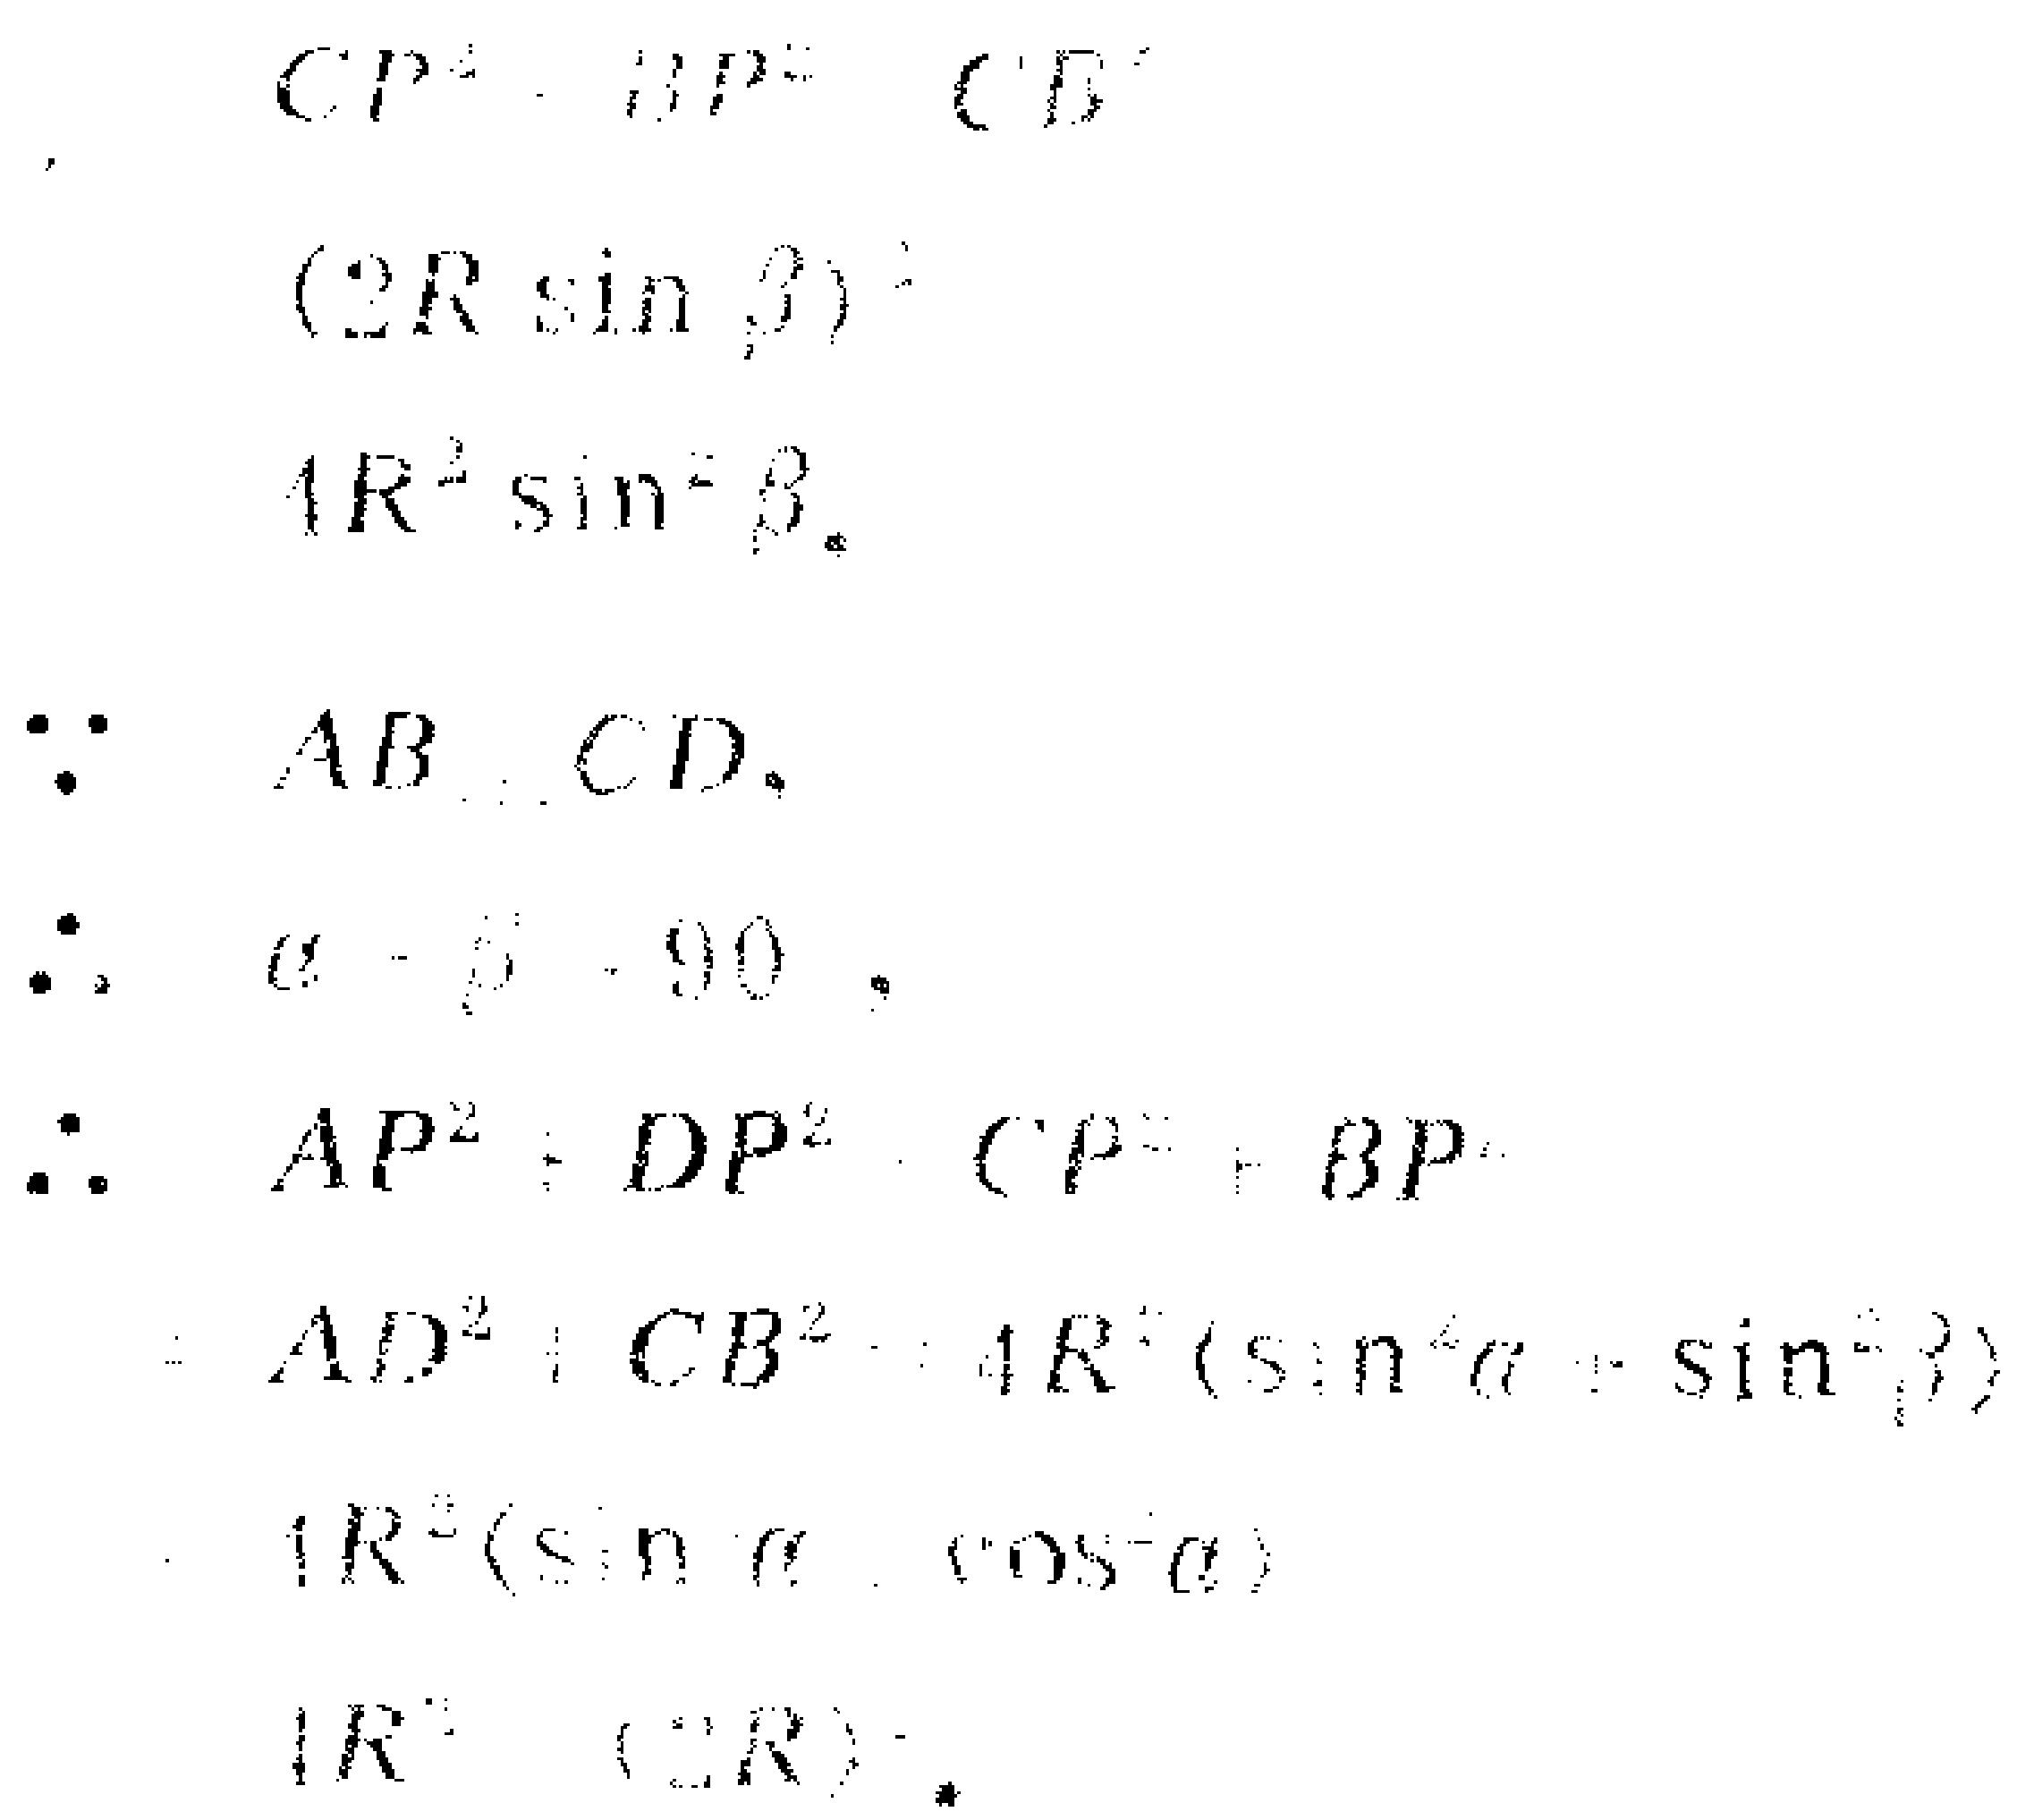
\[
\begin{align*}
CP^{2}+BP^{2}&=CB^{2}\\
(2R\sin\beta)^{2}&=4R^{2}\sin^{2}\beta\\
\end{align*}
\]
\[
\begin{align*}
\because AB\perp CD,\\
\therefore \alpha+\beta = 90^{\circ},\\
\therefore AP^{2}+DP^{2}&=CP^{2}+BP^{2}\\
&=AD^{2}+CB^{2}=4R^{2}(\sin^{2}\alpha+\sin^{2}\beta)\\
&=4R^{2}(\sin^{2}\alpha+\cos^{2}\alpha)\\
&=4R^{2}=(2R)^{2}.
\end{align*}
\]